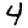
Digit: 4